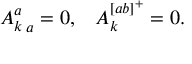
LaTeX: \begin{array} { l l } { { { A _ { k } ^ { a } } _ { \, a } = 0 , } } & { { A _ { k } ^ { [ a b ] ^ { + } } = 0 . } } \end{array}